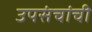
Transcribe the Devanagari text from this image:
उपसंचांची